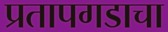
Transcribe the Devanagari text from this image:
प्रतापगडाचा